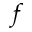
f